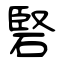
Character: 硻